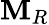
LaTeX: \mathbf{M}_{R}